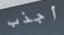
أجذب